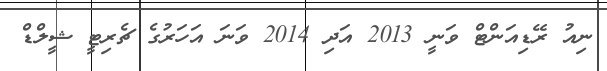
ނިއު ރޭޑިއަންޓް ވަނީ 2013 އަދި 2014 ވަނަ އަހަރުގެ ޗެރިޓީ ޝީލްޑް